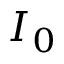
I _ { 0 }